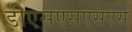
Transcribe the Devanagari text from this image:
डीएसएसएसएस